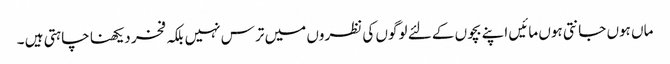
ماں ہوں جانتی ہوں مائیں اپنے بچوں کے لئے لوگوں کی نظروں میں ترس نہیں بلکہ فخر دیکھنا چاہتی ہیں ۔